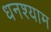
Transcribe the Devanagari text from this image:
धनश्याम